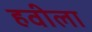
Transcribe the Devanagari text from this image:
हवीला